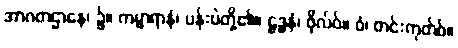
အာဂတဌာနေ၊ ၌။ ကမ္မာရာနံ၊ ပန်းပဲတို့၏။ ဠဒ္ဓနံ၊ ဖိုလ်ဝ်။ ဝံ၊ တင်းကုတ်ဝ်။